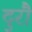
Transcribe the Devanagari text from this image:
दुरौ